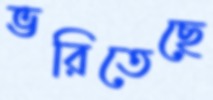
ভরিতেছে